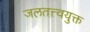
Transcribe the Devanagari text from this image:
जलतत्त्वयुक्त